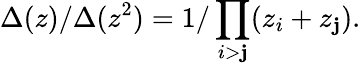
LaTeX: \Delta(z)/\Delta(z^{2})=1/\prod_{i>\mathbf{j}}(z_{i}+z_{\mathbf{j}}).